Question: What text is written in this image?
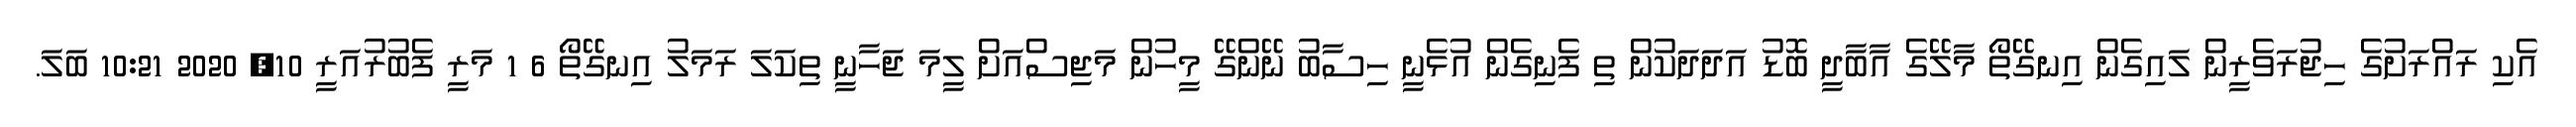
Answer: އެކި ރައްރަށުގެ ހިޖުރަވެރީން ލައިގެން އިނގޭތޯ މާލޭގެ އާބާދީ ބޮޑު އަދަދަކުން ތި ފެނިގެން އުޅެނީ ހިސާބު ނޭންގޭ މީހުން މަޖިސްއަށް ލީމަ ޖަހާނީ ތިކަލަ ރަމަލު އިނގޭތޯ 6 1 މަރީ ފެބުރުއަރީ 10, 2020 10:21 ބަލަ.